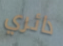
دائري